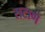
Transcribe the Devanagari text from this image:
सटाणे